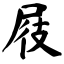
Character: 屐